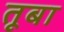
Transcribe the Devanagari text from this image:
तूबा